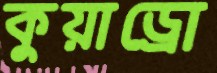
কুয়াড্রো